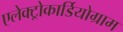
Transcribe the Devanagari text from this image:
एलेक्ट्रोकार्डियोग्राम